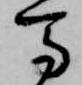
馬